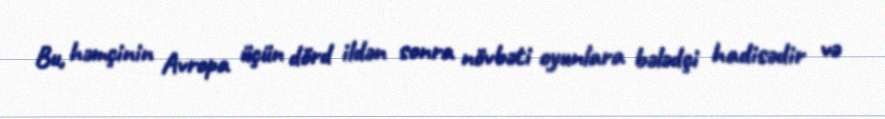
Bu, həmçinin Avropa üçün dörd ildən sonra növbəti oyunlara bələdçi hadisədir və